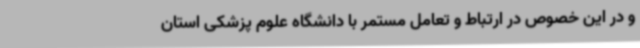
و در این خصوص در ارتباط و تعامل مستمر با دانشگاه علوم پزشکی استان